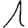
Digit: 1